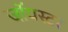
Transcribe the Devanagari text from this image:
जॉयस्टर